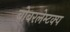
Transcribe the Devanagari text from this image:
बोबरलेम्टक्प